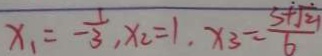
x _ { 1 } = - \frac { 1 } { 3 } , x _ { 2 } = 1 , x _ { 3 } = \frac { 3 + \sqrt { 2 1 } } { 6 }